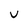
Character: U